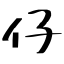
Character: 仔